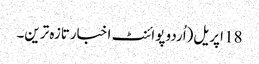
18 اپریل(اُردو پوائنٹ اخبارتازہ ترین۔